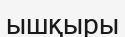
ышқыры